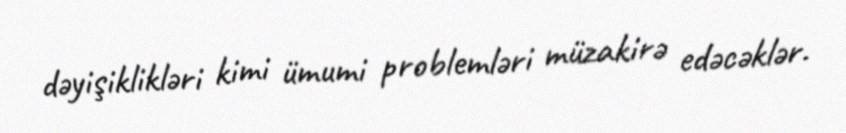
dəyişiklikləri kimi ümumi problemləri müzakirə edəcəklər.